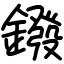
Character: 鏺